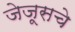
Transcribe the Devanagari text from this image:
जेजूसचे